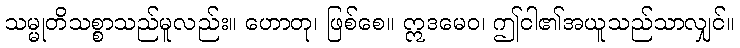
သမ္မုတိသစ္စာသည်မူလည်း။ ဟောတု၊ ဖြစ်စေ။ ဣဒမေဝ၊ ဤငါ၏အယူသည်သာလျှင်။